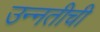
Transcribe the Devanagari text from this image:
उन्‍नतीची